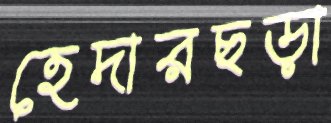
হেদারছড়া